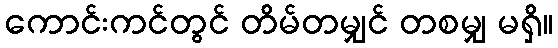
ကောင်းကင်တွင် တိမ်တမျှင် တစမျှ မရှိ။